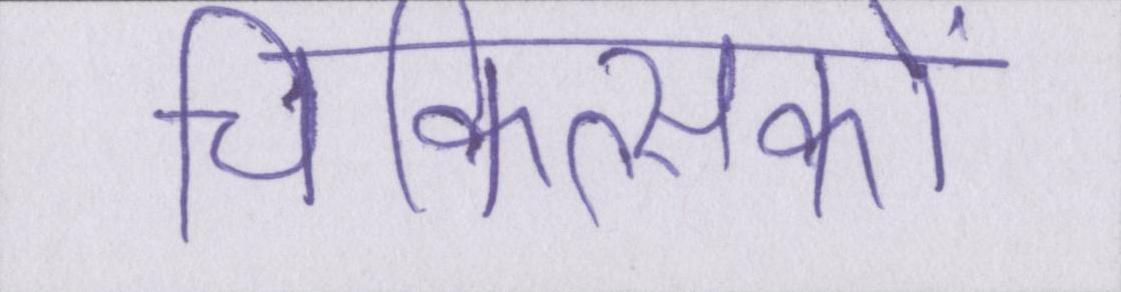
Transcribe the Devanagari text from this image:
चिकित्सकों